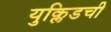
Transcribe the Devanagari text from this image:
युक्लिडची